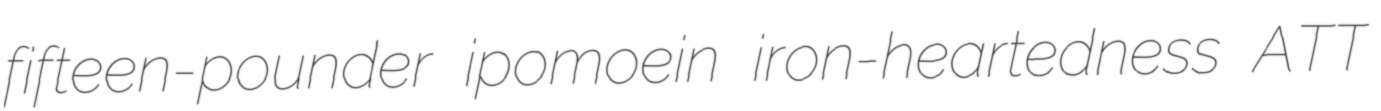
fifteen-pounder ipomoein iron-heartedness ATT